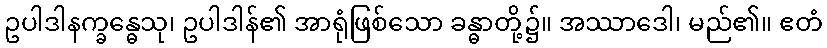
ဥပါဒါနက္ခန္ဓေသု၊ ဥပါဒါန်၏ အာရုံဖြစ်သော ခန္ဓာတို့၌။ အဿာဒေါ၊ မည်၏။ ဧတံ